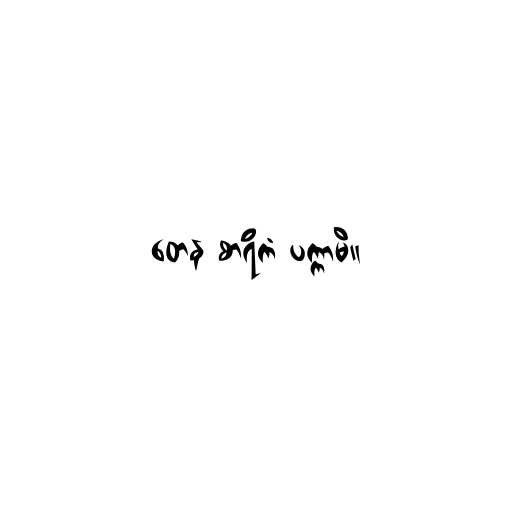
တေန စာရိကံ ပက္ကာမိ။